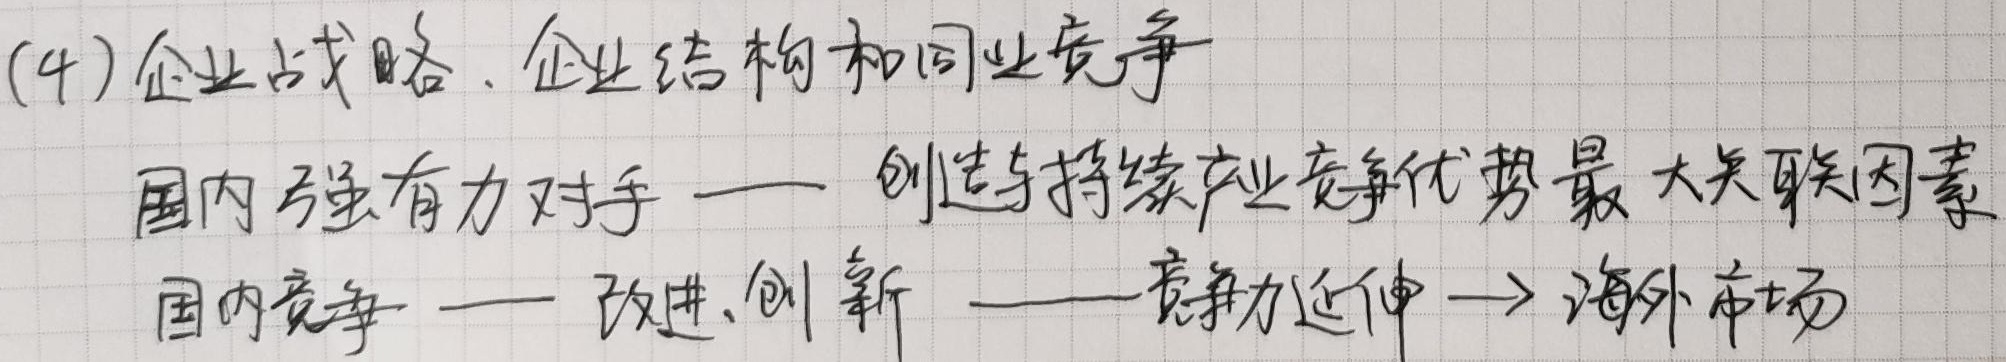
(4) 企业战略、企业结构和同业竞争
国内强有力对手 —— 创造与持续产业竞争优势最大关联因素
国内竞争 —— 改进、创新 —— 竞争力延伸 → 海外市场